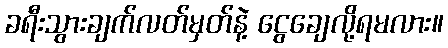
ခရီးသွားချက်လတ်မှတ်နဲ့ ငွေချေလို့ရမလား။